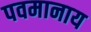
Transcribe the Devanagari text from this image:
पवमानाय